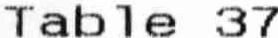
TABLE 37